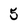
Character: 5